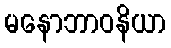
မနောဘာဝနိယာ